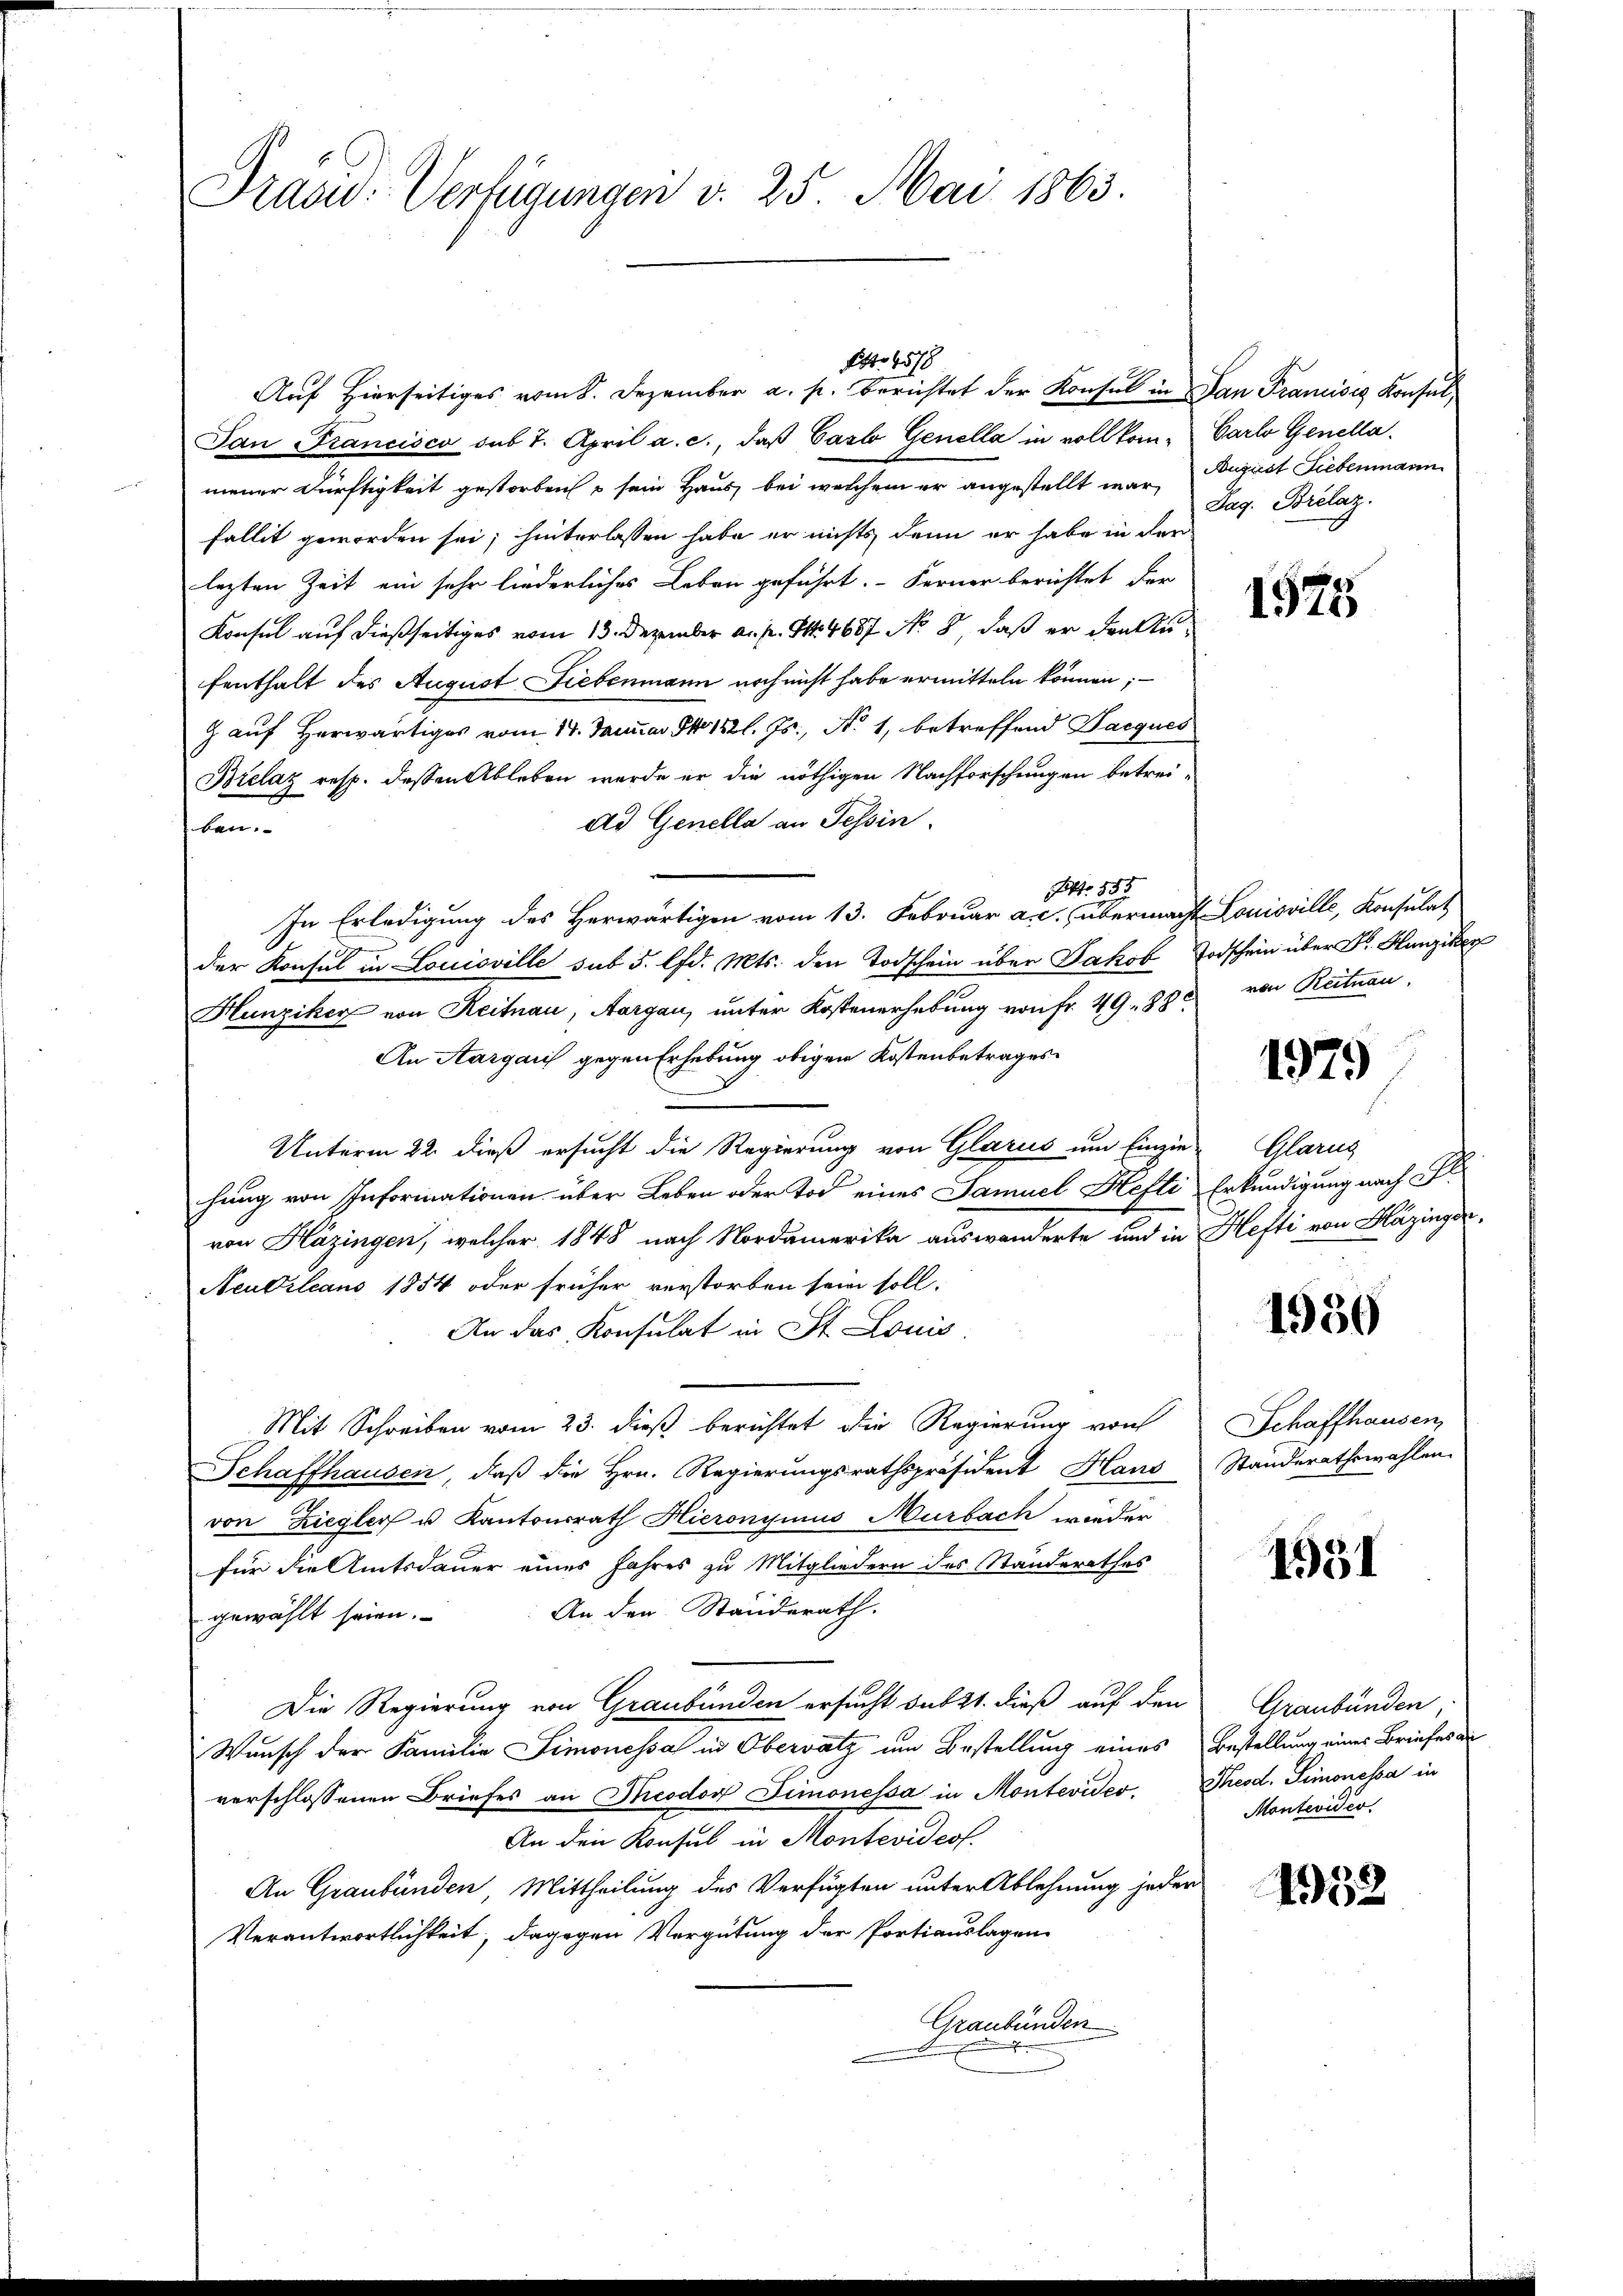
Praad: Verfügungen v. 25. Mai 1863.

Auf Hierseitiges vom 8. Dezember a. p. berichtet der Konsul in San Francisig Konsul,
Jan Francisco sub 7. April a. c., daß Carlo Genella in vollkom- Carlo Genella
meier Dürftigkeit gestorben & sein Haus, bei welchem er angestellt war, August Liebenmann
Fallit geworden sei; hinterlassen habe er nichts denn er habe in der
lezten Zeit ein sehr liederliches Leben geführt. Ferner berichtet der
Konsul auf dießseitiges vom 13. Dezember a. p. S. 4687 No 8, daß er dankenfenthalt des August Liebenmann noch nicht habe ermitteln können.
g auf Herwärtiges vom 17. Januar S. 182 l. Js., No 1, betreffend Jacques
Brelaz resp. dessen Ableben werde er die nöthigen Nachforschungen betrei-
Ad Genella an Tessin.
ben.
e
Fest. 355
In Erledigung des Herwärtigen vom 13. Februar a. c. übermacht. Louisville, Konsulat
der Konsul in Louisville sub 5. lfd. Mts. den Todschein über Jakob Todschein über Hunzike
Hunziker von Reitnau, Aargau, unter Kostenerhebung von Fr. 49. 88
An Aargauis gegen Erhebung obigen Kostenbetrages
Unterm 22. dieß ersucht die Regierung von Glarus um Einzie-Glarus
hung von Informationen über Leben oder Tod eines Samuel Hefti Erkundigung nach Fl
von Hazingen, welcher 1848 nach Nordamerika auswanderte und in Hefti von Häzinger,
Aeubilians 1854 oder früher verstorben sein soll.
An das Konsulat in St. Louis
Mit Schreiben vom 23. dieß berichtet die Regierung von Schaffhausen,
Schaffhausen, daß die Hrn. Regierungsrathspräsident Haus Standerathswahlen.
von Ziegler u Kantonsrath Hieronymus Murbach wieder
für die Amtsdauer eines Jahres zu Mitgliedern des Standerathes
An den Standerath.
gewählt seien.
Die Regierung von Graubünden ersucht sub 21. dieß auf den Graubünden,
Wunsch der Familie Simonessa in Obervatz um Bestellung eines Bestellung eines Briefes de
verschlossenen Briefes an Theodor Timonessa in Montevides. Theod. Simonessa in
An den Konsul in Montevideos.
An Graubünden, Mittheilung des Verfügten unter Ablehnung jeder
Verantwortlichkeit, dagegen Vergütung der Portiauslagen
Graubünden

4518

Dag. Brelaz.

1575

von Reitnau,

1979

1930

1551

Montevider.

1932